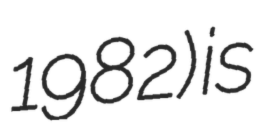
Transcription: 1982) is